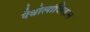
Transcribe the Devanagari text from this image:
पैथोलांजिकल